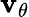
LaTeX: \mathbf{v}_{\theta}